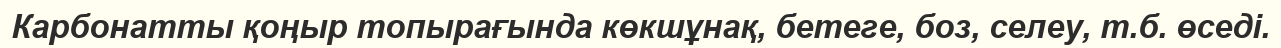
Карбонатты қоңыр топырағында көкшұнақ, бетеге, боз, селеу, т.б. өседі.